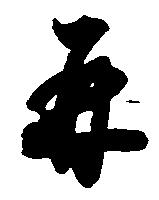
并